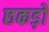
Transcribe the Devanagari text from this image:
छकड़ों